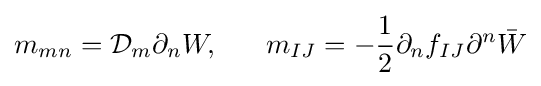
m_{mn}={\mathcal {D}}_{m}\partial _{n}W,\ \ \ \ \ m_{IJ}=-{\frac {1}{2}}\partial _{n}f_{IJ}\partial ^{n}{\bar {W}}